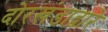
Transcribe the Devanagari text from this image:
दोरखंडाद्वारे